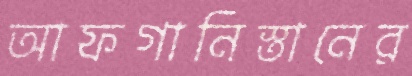
আফগানিস্তানের